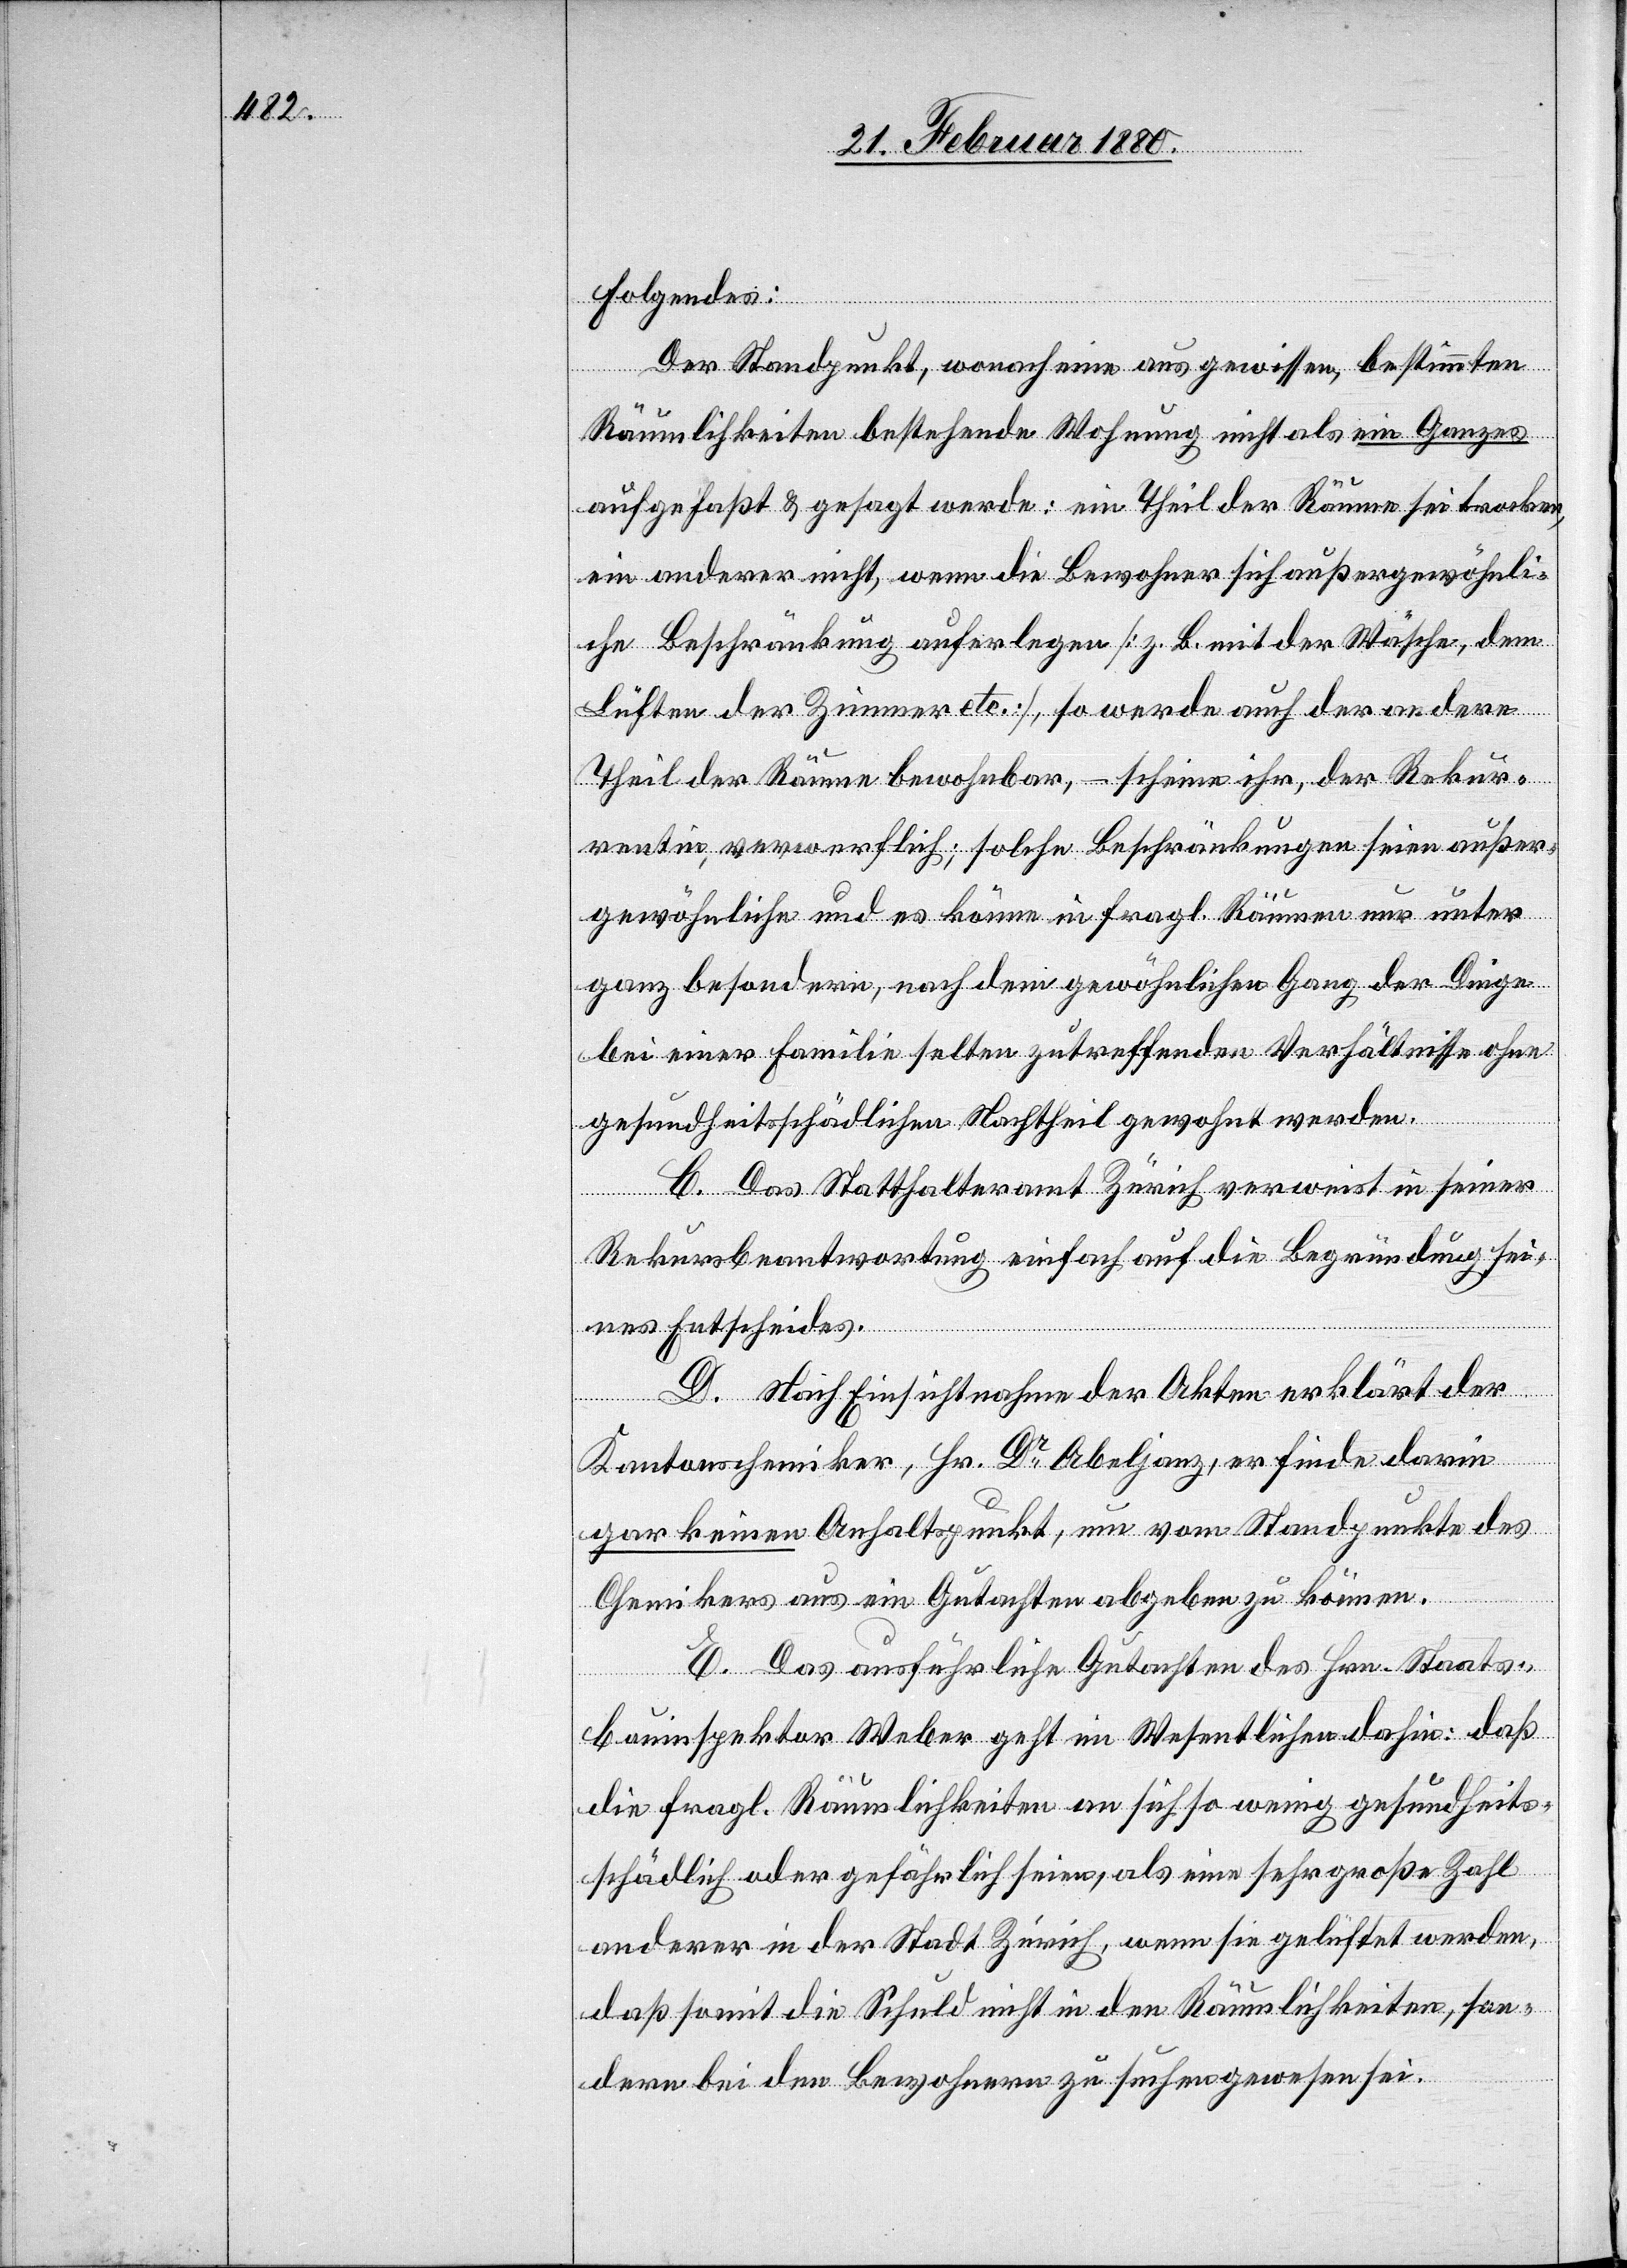
Folgendes:
Der Standpunkt, wonach eine aus gewissen, bestimmten
Räumlichkeiten bestehende Wohnung nicht als ein Ganzes
aufgefaßt & gesagt werde: ein Theil der Räume sei trocken,
ein anderer nicht, wenn die Bewohner sich außergewöhnli¬
che Beschränkung auferlegen [z. B. mit der Wäsche, dem
Lüften der Zimmer etc.], so werde auch der andere
Theil der Räume bewohnbar, – scheine ihr, der Rekur¬
rentin, verwerflich; solche Beschränkungen seien außer¬
gewöhnliche und es könne in fragl. Räumen nur unter
ganz besondern, nach dem gewöhnlichen Gang der Dinge
bei einer Familie selten zutreffenden Verhältnisse ohne
gesundheitsschädlichen Nachtheil gewohnt werden.
C. Das Statthalteramt Zürich verweist in seiner
Rekursbeantwortung einfach auf die Begründung sei¬
nes Entscheides.
D. Nach Einsichtnahme der Akten erklärt der
Kantonschemiker, Hr. Dr Abeljanz, er finde darin
gar keinen Anhaltspunkt, um vom Standpunkte des
Chemikers aus ein Gutachten abgeben zu können.
E. Das ausführliche Gutachten des Hrn. Staats¬
bauinspektor Weber geht im Wesentlichen dahin: daß
die fragl. Räumlichkeiten an sich so wenig gesundheits¬
schädlich oder gefährlich seien, als eine sehr große Zahl
anderer in der Stadt Zürich, wenn sie gelüftet werden,
daß somit die Schuld nicht in den Räumlichkeiten, son¬
dern bei den Bewohnern zu suchen gewesen sei.